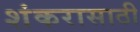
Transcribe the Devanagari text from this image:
शंकरासाठी